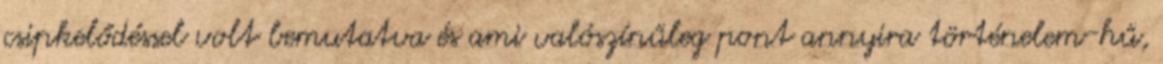
csipkelődéssel volt bemutatva és ami valószínűleg pont annyira történelem-hű,